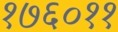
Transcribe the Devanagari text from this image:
१७६०११